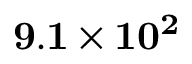
\bf 9 . 1 \times 1 0 ^ { 2 }